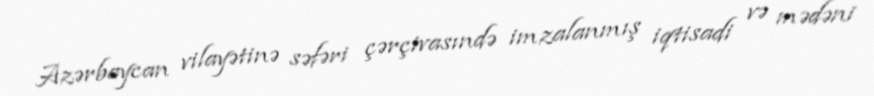
Azərbaycan vilayətinə səfəri çərçivasındə imzalanmış iqtisadi və mədəni